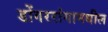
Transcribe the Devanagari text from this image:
डोंगररांगामधील